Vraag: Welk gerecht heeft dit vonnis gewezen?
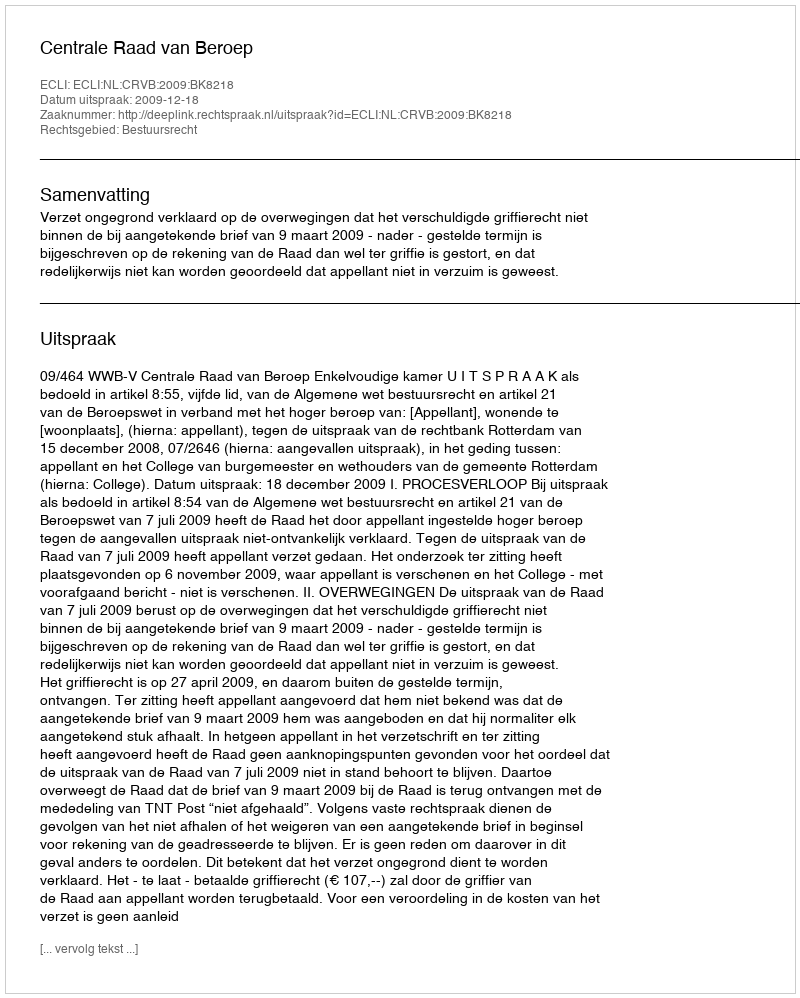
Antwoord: Centrale Raad van Beroep